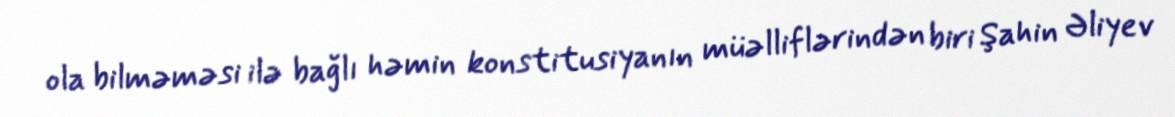
ola bilməməsi ilə bağlı həmin konstitusiyanın müəlliflərindən biri Şahin Əliyev